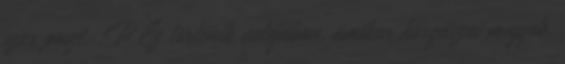
szar poszt. :P Ez történik valójában, amikor horgászni megyek.